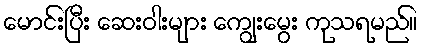
မောင်းပြီး ဆေးဝါးများ ကျွေးမွေး ကုသရမည်။